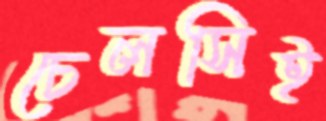
চেলসিই